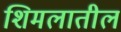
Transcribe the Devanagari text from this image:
शिमलातील